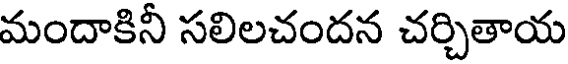
మందాకినీ సలిలచందన చర్చితాయ